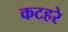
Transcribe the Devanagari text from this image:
कटहरे